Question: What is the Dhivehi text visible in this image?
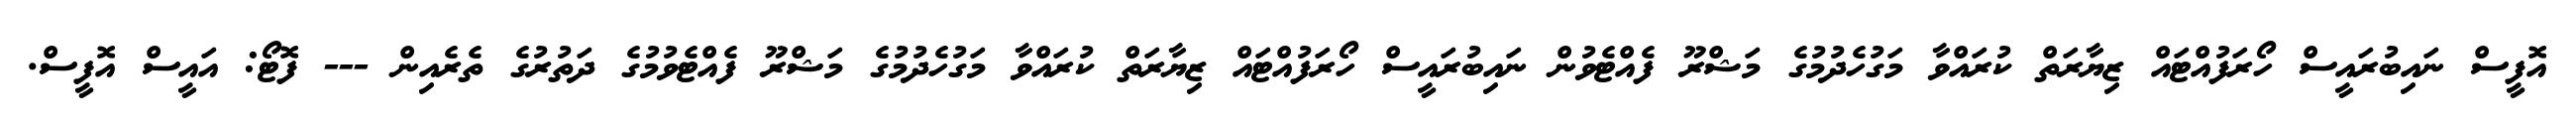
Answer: އޮފީސް ނައިބުރައީސް ހޯރަފުއްޓައް ޒިޔާރަތް ކުރައްވާ މަގުހެދުމުގެ މަޝްރޫ ފެއްޓެވުން ނައިބުރައީސް ހޯރަފުއްޓައް ޒިޔާރަތް ކުރައްވާ މަގުހެދުމުގެ މަޝްރޫ ފެއްޓެވުމުގެ ދަތުރުގެ ތެރެއިން --- ފޮޓޯ: އައީސް އޮފީސް.